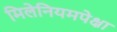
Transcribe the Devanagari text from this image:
मिलेनियमपेक्षा